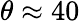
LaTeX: \theta\approx 40